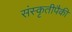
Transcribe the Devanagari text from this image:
संस्कृतीपैकी